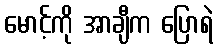
မောင့်ကို အာချီက ပြောရဲ